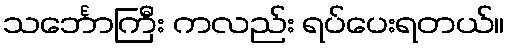
သင်္ဘောကြီး ကလည်း ရပ်ပေးရတယ်။